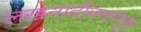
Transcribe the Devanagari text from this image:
लखनादौननागपुर